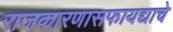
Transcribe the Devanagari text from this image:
राजकारणासफायद्याचे